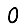
Digit: 0